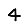
Digit: 4